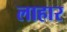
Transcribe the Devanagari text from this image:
लाहार